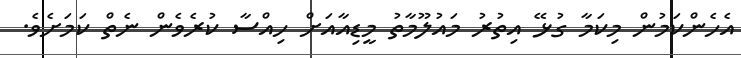
އެހެންކަމުން މިކަމާ ގުޅޭ އިތުރު މައުލޫމާތު މީޑިއާއަށް ހިއްސާ ކުރެވެން ނެތް ކަމަށެވެ.